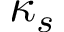
\kappa _ { s }